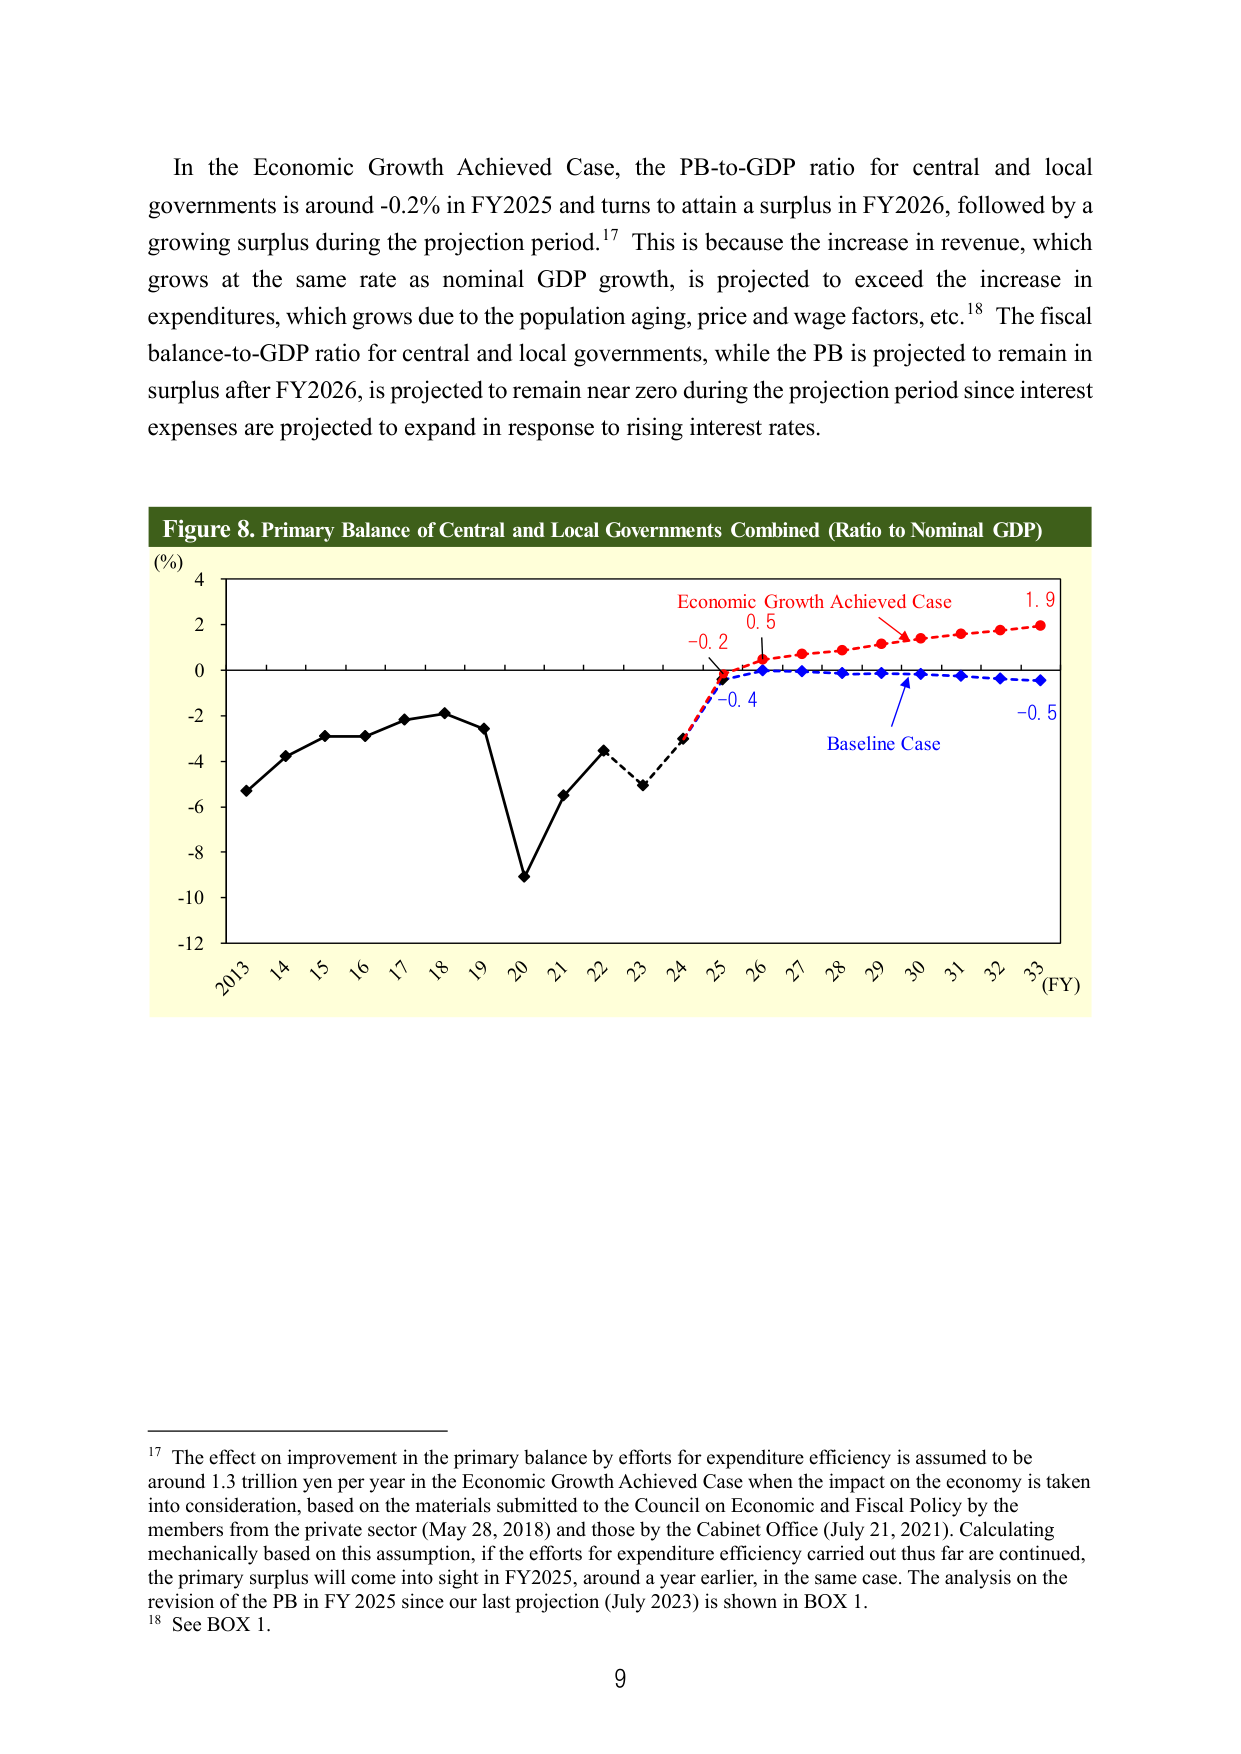
In the Economic Growth Achieved Case, the PB-to-GDP ratio for central and local governments is around -0.2% in FY2025 and turns to attain a surplus in FY2026, followed by a growing surplus during the projection period.¹⁷ This is because the increase in revenue, which grows at the same rate as nominal GDP growth, is projected to exceed the increase in expenditures, which grows due to the population aging, price and wage factors, etc.¹⁸ The fiscal balance-to-GDP ratio for central and local governments, while the PB is projected to remain in surplus after FY2026, is projected to remain near zero during the projection period since interest expenses are projected to expand in response to rising interest rates.

Figure 8. Primary Balance of Central and Local Governments Combined (Ratio to Nominal GDP)
(%) 4
2
0
-2
-4
-6
-8
-10
-12
2013 14 15 16 17 18 19 20 21 22 23 24 25 26 27 28 29 30 31 32 (FY)
Economic Growth Achieved Case
-0.2 0.5 1.9
-0.4
Baseline Case
-0.5

¹⁷ The effect on improvement in the primary balance by efforts for expenditure efficiency is assumed to be around 1.3 trillion yen per year in the Economic Growth Achieved Case when the impact on the economy is taken into consideration, based on the materials submitted to the Council on Economic and Fiscal Policy by the members from the private sector (May 28, 2018) and those by the Cabinet Office (July 21, 2021). Calculating mechanically based on this assumption, if the efforts for expenditure efficiency carried out thus far are continued, the primary surplus will come into sight in FY2025, around a year earlier, in the same case. The analysis on the revision of the PB in FY 2025 since our last projection (July 2023) is shown in BOX 1.
¹⁸ See BOX 1.

9